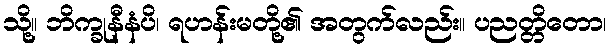
သို့။ ဘိက္ခုနီနံပိ၊ ရဟန်းမတို့၏ အတွက်လည်း။ ပညတ္တိတော၊